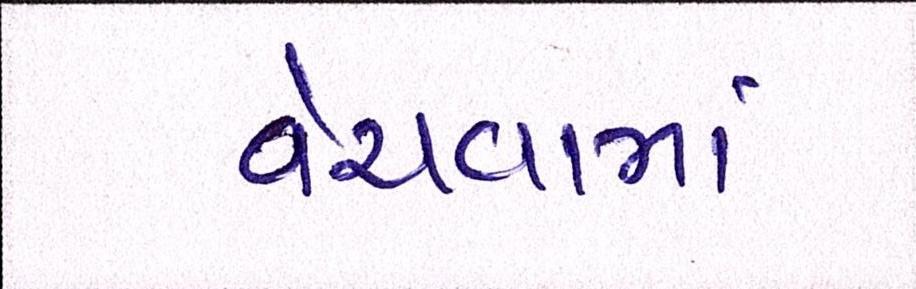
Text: વેચવામાં